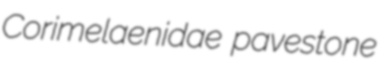
Corimelaenidae pavestone